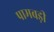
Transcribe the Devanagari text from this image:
पामबड़ी